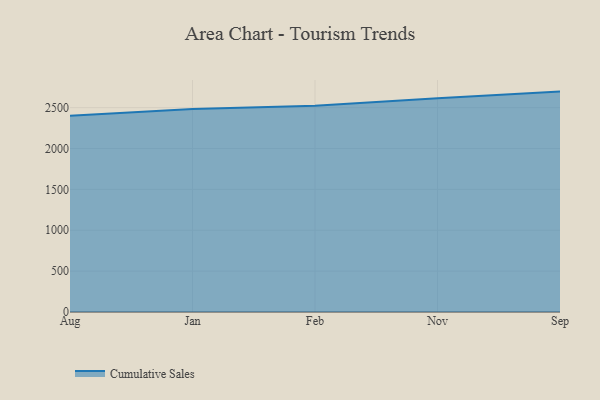
{"axis": {"x": "Month", "y": "Temperature (°C)"}, "legend": ["Cumulative Sales"], "data": [{"x": "Aug", "y": 2400.4, "type": "Cumulative Sales"}, {"x": "Jan", "y": 2483.9, "type": "Cumulative Sales"}, {"x": "Feb", "y": 2523.9, "type": "Cumulative Sales"}, {"x": "Nov", "y": 2615.6, "type": "Cumulative Sales"}, {"x": "Sep", "y": 2696.2, "type": "Cumulative Sales"}]}